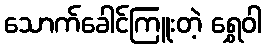
သောက်ခေါင်ကြူးတဲ့ ရွှေဝါ